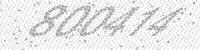
Solution: 800414